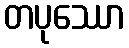
တပုဿော